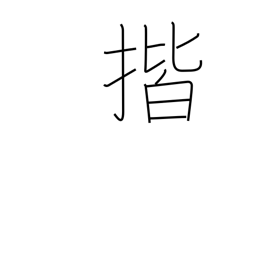
Meaning: wipe